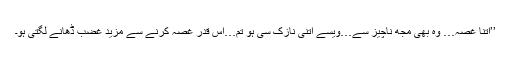
’’اتنا غصہ… وہ بھی مجھ ناچیز سے…ویسے اتنی نازک سی ہو تم…اس قدر غصہ کرنے سے مزید غضب ڈھانے لگتی ہو۔